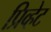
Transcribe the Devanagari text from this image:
प्रिव्हेट